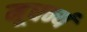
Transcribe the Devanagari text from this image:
मूधर्न्य